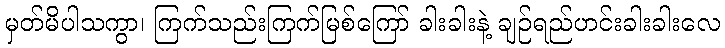
မှတ်မိပါသကွာ၊ ကြက်သည်းကြက်မြစ်ကြော် ခါးခါးနဲ့ ချဉ်ရည်ဟင်းခါးခါးလေ